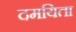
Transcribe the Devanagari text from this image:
दमयिता